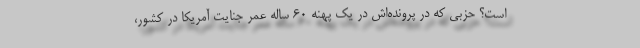
است؟ حزبی که در پرونده‌اش در یک پهنه 60 ساله عمر جنایت آمریکا در کشور،